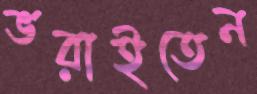
ভরাইতেন